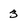
Character: 3